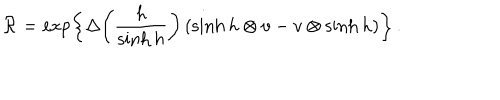
{ \cal R } = \exp \left\{ \Delta \! \left( \frac { h } { \sinh h } \right) ( \sinh h \otimes v - v \otimes \sinh h ) \right\} \, .